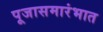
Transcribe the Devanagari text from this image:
पूजासमारंभात